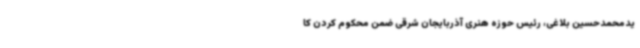
یدمحمدحسین بلاغی، رئیس حوزه هنری آذربایجان شرقی ضمن محکوم کردن کا